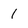
Character: 1